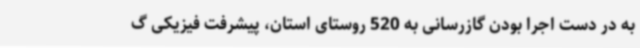
به در دست اجرا بودن گازرسانی به 520 روستای استان، پیشرفت فیزیکی گ